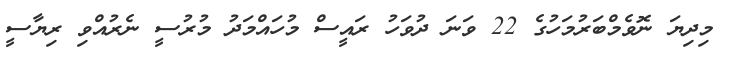
މިދިޔަ ނޮވެމްބަރުމަހުގެ 22 ވަނަ ދުވަހު ރައީސް މުހައްމަދު މުރުސީ ނެރުއްވި ރިޔާސީ